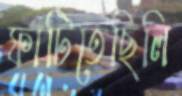
ফাটিতেছিলি